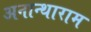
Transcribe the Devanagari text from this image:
अनान्थाराम